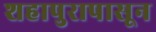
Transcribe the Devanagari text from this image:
शहापुरापासून